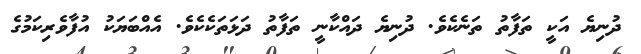
ދުނިޔެ އަކީ ތަފާތު ތަނެކެވެ. ދުނިޔެ ދައްކާނީ ތަފާތު ދަޅަތަކެކެވެ. އެއްބަޔަކު އުފާވެރިކަމުގެ